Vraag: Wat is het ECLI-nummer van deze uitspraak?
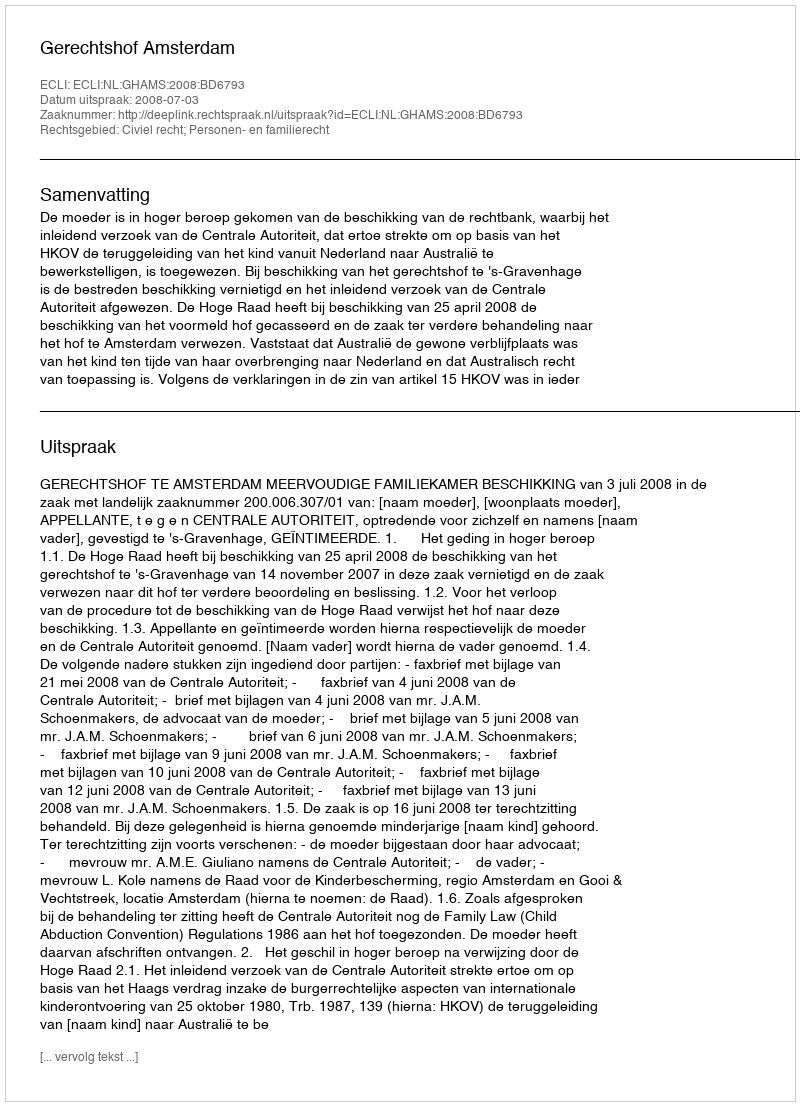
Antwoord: ECLI:NL:GHAMS:2008:BD6793